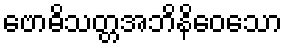
ဗောဓိသတ္တအဘိနိဝေသော